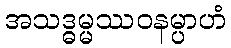
အသဒ္ဓမ္မဿဝနမ္ပာဟံ